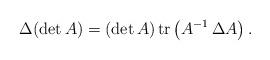
LaTeX: \begin{align*}\Delta(\det A)= (\det A)\operatorname{tr} \left(A^{-1}\, \Delta A\right).\end{align*}